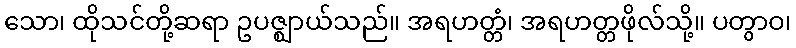
သော၊ ထိုသင်တို့ဆရာ ဥပဇ္ဈာယ်သည်။ အရဟတ္တံ၊ အရဟတ္တဖိုလ်သို့။ ပတွာဝ၊